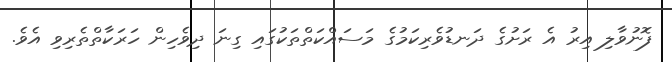
ފޮނުވާލި އިރު އެ ރަށުގެ ދަނޑުވެރިކަމުގެ މަސައްކަތްތަކުގައި ގިނަ ދިވެހިން ހަރަކާތްތެރިވި އެވެ.